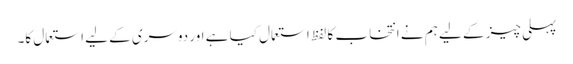
پہلی چیز کے لیے ہم نے انتخاب کا لفظ استعمال کیا ہے اور دوسری کے لیے استعمال کا۔